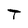
Character: T